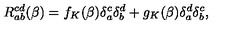
R _ { a b } ^ { c d } ( \beta ) = f _ { K } ( \beta ) \delta _ { a } ^ { c } \delta _ { b } ^ { d } + g _ { K } ( \beta ) \delta _ { a } ^ { d } \delta _ { b } ^ { c } ,